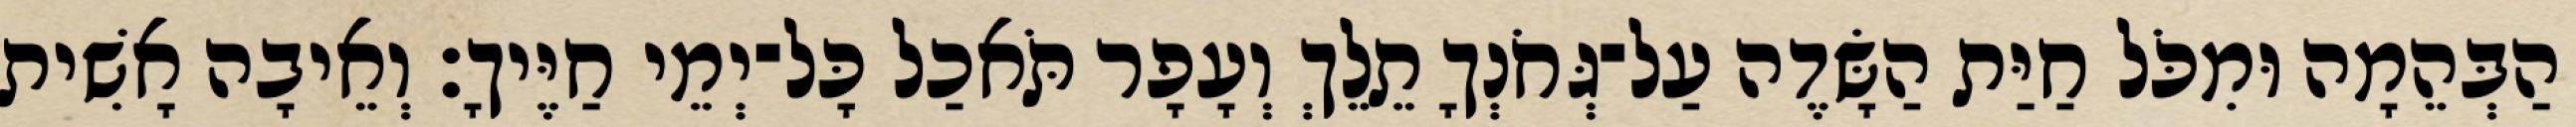
הַבְּהֵמָה וּמִכֹּל חַיַּת הַשָּׂדֶה עַל־גְּחֹנְךָ תֵלֵךְ וְעָפָר תֹּאכַל כָּל־יְמֵי חַיֶּיךָ׃ וְאֵיבָה אָשִׁית